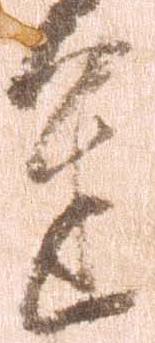
進